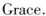
Grace.